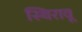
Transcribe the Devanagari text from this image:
स्थिरावू